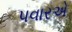
પવારએ